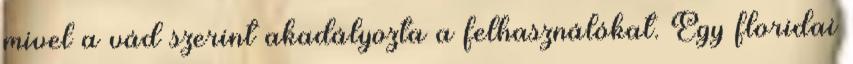
mivel a vád szerint akadályozta a felhasználókat. Egy floridai